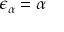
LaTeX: \epsilon _ { \alpha } = \alpha